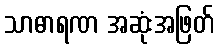
သာဓာရဏ အဆုံးအဖြတ်